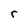
Character: r